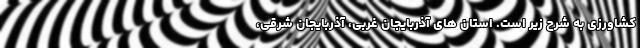
کشاورزی به شرح زیر است. استان های آذربایجان غربی، آذربایجان شرقی،